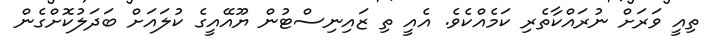
ތިއީ ވަރަށް ނުރައްކާތެރި ކަމެއްކެވެ. އެއީ ތި ޒައިނިސްޓުން ޔޫއޭއީގެ ކުލައަށް ބަދަލުކޮށްގެން